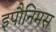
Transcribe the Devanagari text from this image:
इपौनिमस